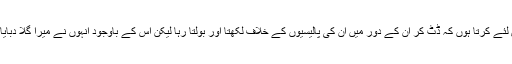
آج زیادہ احترام بھی اس لئے کرتا ہوں کہ ڈٹ کر ان کے دور میں ان کی پالیسیوں کے خلاف لکھتا اور بولتا رہا لیکن اس کے باوجود انہوں نے میرا گلا دبایا اور نہ زبان بند کرائی۔